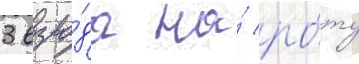
3 взво́да на́ ро́ту